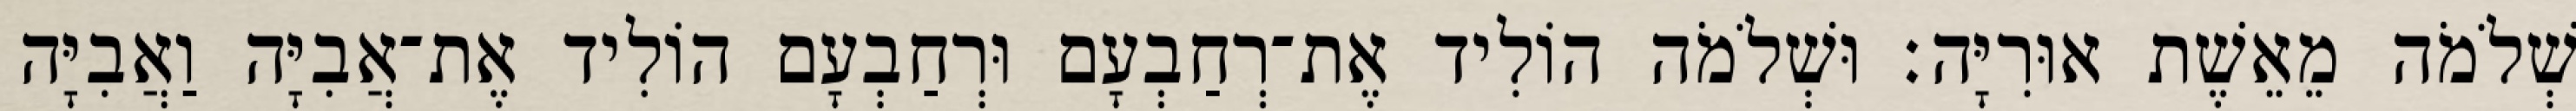
שְׁלֹמֹה מֵאֵשֶׁת אוּרִיָּה׃ וּשְׁלֹמֹה הוֹלִיד אֶת־רְחַבְעָם וּרְחַבְעָם הוֹלִיד אֶת־אֲבִיָּה וַאֲבִיָּה